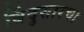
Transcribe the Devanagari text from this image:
बिंदुसारचा